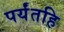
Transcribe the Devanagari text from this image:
पर्यंतहि